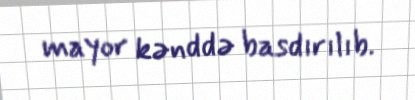
mayor kənddə basdırılıb.